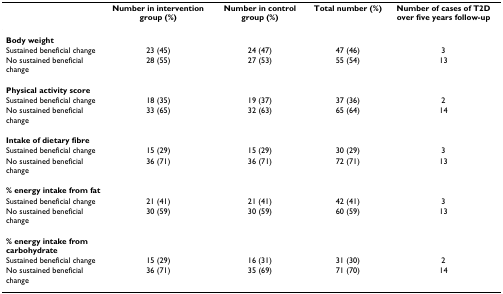
<table><thead><tr><td></td><td><b>Number in intervention group (%)</b></td><td><b>Number in control group (%)</b></td><td><b>Total number (%)</b></td><td><b>Number of cases of T2D over five years follow-up</b></td></tr></thead><tbody><tr><td><b>Body weight</b></td><td></td><td></td><td></td><td></td></tr><tr><td>Sustained beneficial change</td><td>23 (45)</td><td>24 (47)</td><td>47 (46)</td><td>3</td></tr><tr><td>No sustained beneficial change</td><td>28 (55)</td><td>27 (53)</td><td>55 (54)</td><td>13</td></tr><tr><td><b>Physical activity score</b></td><td></td><td></td><td></td><td></td></tr><tr><td>Sustained beneficial change</td><td>18 (35)</td><td>19 (37)</td><td>37 (36)</td><td>2</td></tr><tr><td>No sustained beneficial change</td><td>33 (65)</td><td>32 (63)</td><td>65 (64)</td><td>14</td></tr><tr><td><b>Intake of dietary fibre</b></td><td></td><td></td><td></td><td></td></tr><tr><td>Sustained beneficial change</td><td>15 (29)</td><td>15 (29)</td><td>30 (29)</td><td>3</td></tr><tr><td>No sustained beneficial change</td><td>36 (71)</td><td>36 (71)</td><td>72 (71)</td><td>13</td></tr><tr><td><b>% energy intake from fat</b></td><td></td><td></td><td></td><td></td></tr><tr><td>Sustained beneficial change</td><td>21 (41)</td><td>21 (41)</td><td>42 (41)</td><td>3</td></tr><tr><td>No sustained beneficial change</td><td>30 (59)</td><td>30 (59)</td><td>60 (59)</td><td>13</td></tr><tr><td><b>% energy intake from carbohydrate</b></td><td></td><td></td><td></td><td></td></tr><tr><td>Sustained beneficial change</td><td>15 (29)</td><td>16 (31)</td><td>31 (30)</td><td>2</td></tr><tr><td>No sustained beneficial change</td><td>36 (71)</td><td>35 (69)</td><td>71 (70)</td><td>14</td></tr></tbody></table>